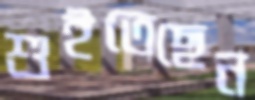
শুইতেছেন